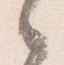
之